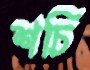
শচি